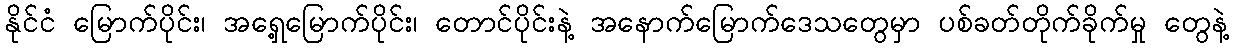
နိုင်ငံ မြောက်ပိုင်း၊ အရှေ့မြောက်ပိုင်း၊ တောင်ပိုင်းနဲ့ အနောက်မြောက်ဒေသတွေမှာ ပစ်ခတ်တိုက်ခိုက်မှု တွေနဲ့